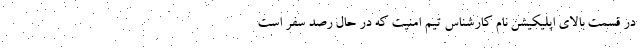
در قسمت بالای اپلیکیشن نام کارشناس تیم امنیت که در حال رصد سفر است